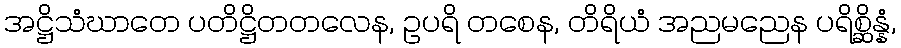
အဋ္ဌိသံဃာတေ ပတိဋ္ဌိတတလေန, ဥပရိ တစေန, တိရိယံ အညမညေန ပရိစ္ဆိန္နံ,